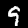
Label: 9